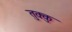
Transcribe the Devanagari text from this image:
तुक्कु